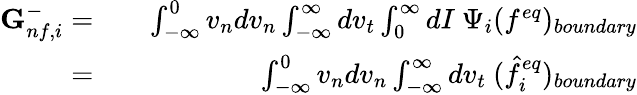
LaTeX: \begin{array}{rlr}{\textbf{G}_{nf,i}^{-}=}&{{}}&{\int_{-\infty}^{0}v_{n}dv_{n}\int_{-\infty}^{\infty}dv_{t}\int_{0}^{\infty}dI\ \Psi_{i}(f^{eq})_{boundary}}\\ {=}&{{}}&{\int_{-\infty}^{0}v_{n}dv_{n}\int_{-\infty}^{\infty}dv_{t}\ (\hat{f}_{i}^{eq})_{boundary}}\end{array}